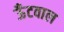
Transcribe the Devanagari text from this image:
ऊँटवाल